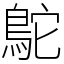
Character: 鴕